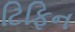
ટિફિન